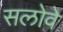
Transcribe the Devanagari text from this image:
सलोवे